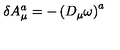
\delta A _ { \mu } ^ { a } = - \left( D _ { \mu } \omega \right) ^ { a }